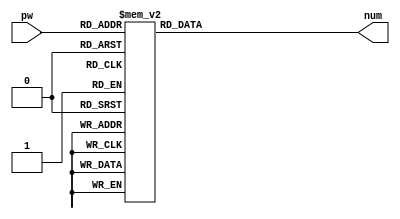
module pw2num(
    input [8-1:0] pw, 
    output reg [8-1:0] num
);

always @* begin
    case (pw)
        8'd0: num = 8'd1;
        8'd1: num = 8'd2;
        8'd2: num = 8'd4;
        8'd3: num = 8'd8;
        8'd4: num = 8'd16;
        8'd5: num = 8'd32;
        8'd6: num = 8'd64;
        8'd7: num = 8'd128;
        8'd8: num = 8'd29;
        8'd9: num = 8'd58;
        8'd10: num = 8'd116;
        8'd11: num = 8'd232;
        8'd12: num = 8'd205;
        8'd13: num = 8'd135;
        8'd14: num = 8'd19;
        8'd15: num = 8'd38;
        8'd16: num = 8'd76;
        8'd17: num = 8'd152;
        8'd18: num = 8'd45;
        8'd19: num = 8'd90;
        8'd20: num = 8'd180;
        8'd21: num = 8'd117;
        8'd22: num = 8'd234;
        8'd23: num = 8'd201;
        8'd24: num = 8'd143;
        8'd25: num = 8'd3;
        8'd26: num = 8'd6;
        8'd27: num = 8'd12;
        8'd28: num = 8'd24;
        8'd29: num = 8'd48;
        8'd30: num = 8'd96;
        8'd31: num = 8'd192;
        8'd32: num = 8'd157;
        8'd33: num = 8'd39;
        8'd34: num = 8'd78;
        8'd35: num = 8'd156;
        8'd36: num = 8'd37;
        8'd37: num = 8'd74;
        8'd38: num = 8'd148;
        8'd39: num = 8'd53;
        8'd40: num = 8'd106;
        8'd41: num = 8'd212;
        8'd42: num = 8'd181;
        8'd43: num = 8'd119;
        8'd44: num = 8'd238;
        8'd45: num = 8'd193;
        8'd46: num = 8'd159;
        8'd47: num = 8'd35;
        8'd48: num = 8'd70;
        8'd49: num = 8'd140;
        8'd50: num = 8'd5;
        8'd51: num = 8'd10;
        8'd52: num = 8'd20;
        8'd53: num = 8'd40;
        8'd54: num = 8'd80;
        8'd55: num = 8'd160;
        8'd56: num = 8'd93;
        8'd57: num = 8'd186;
        8'd58: num = 8'd105;
        8'd59: num = 8'd210;
        8'd60: num = 8'd185;
        8'd61: num = 8'd111;
        8'd62: num = 8'd222;
        8'd63: num = 8'd161;
        8'd64: num = 8'd95;
        8'd65: num = 8'd190;
        8'd66: num = 8'd97;
        8'd67: num = 8'd194;
        8'd68: num = 8'd153;
        8'd69: num = 8'd47;
        8'd70: num = 8'd94;
        8'd71: num = 8'd188;
        8'd72: num = 8'd101;
        8'd73: num = 8'd202;
        8'd74: num = 8'd137;
        8'd75: num = 8'd15;
        8'd76: num = 8'd30;
        8'd77: num = 8'd60;
        8'd78: num = 8'd120;
        8'd79: num = 8'd240;
        8'd80: num = 8'd253;
        8'd81: num = 8'd231;
        8'd82: num = 8'd211;
        8'd83: num = 8'd187;
        8'd84: num = 8'd107;
        8'd85: num = 8'd214;
        8'd86: num = 8'd177;
        8'd87: num = 8'd127;
        8'd88: num = 8'd254;
        8'd89: num = 8'd225;
        8'd90: num = 8'd223;
        8'd91: num = 8'd163;
        8'd92: num = 8'd91;
        8'd93: num = 8'd182;
        8'd94: num = 8'd113;
        8'd95: num = 8'd226;
        8'd96: num = 8'd217;
        8'd97: num = 8'd175;
        8'd98: num = 8'd67;
        8'd99: num = 8'd134;
        8'd100: num = 8'd17;
        8'd101: num = 8'd34;
        8'd102: num = 8'd68;
        8'd103: num = 8'd136;
        8'd104: num = 8'd13;
        8'd105: num = 8'd26;
        8'd106: num = 8'd52;
        8'd107: num = 8'd104;
        8'd108: num = 8'd208;
        8'd109: num = 8'd189;
        8'd110: num = 8'd103;
        8'd111: num = 8'd206;
        8'd112: num = 8'd129;
        8'd113: num = 8'd31;
        8'd114: num = 8'd62;
        8'd115: num = 8'd124;
        8'd116: num = 8'd248;
        8'd117: num = 8'd237;
        8'd118: num = 8'd199;
        8'd119: num = 8'd147;
        8'd120: num = 8'd59;
        8'd121: num = 8'd118;
        8'd122: num = 8'd236;
        8'd123: num = 8'd197;
        8'd124: num = 8'd151;
        8'd125: num = 8'd51;
        8'd126: num = 8'd102;
        8'd127: num = 8'd204;
        8'd128: num = 8'd133;
        8'd129: num = 8'd23;
        8'd130: num = 8'd46;
        8'd131: num = 8'd92;
        8'd132: num = 8'd184;
        8'd133: num = 8'd109;
        8'd134: num = 8'd218;
        8'd135: num = 8'd169;
        8'd136: num = 8'd79;
        8'd137: num = 8'd158;
        8'd138: num = 8'd33;
        8'd139: num = 8'd66;
        8'd140: num = 8'd132;
        8'd141: num = 8'd21;
        8'd142: num = 8'd42;
        8'd143: num = 8'd84;
        8'd144: num = 8'd168;
        8'd145: num = 8'd77;
        8'd146: num = 8'd154;
        8'd147: num = 8'd41;
        8'd148: num = 8'd82;
        8'd149: num = 8'd164;
        8'd150: num = 8'd85;
        8'd151: num = 8'd170;
        8'd152: num = 8'd73;
        8'd153: num = 8'd146;
        8'd154: num = 8'd57;
        8'd155: num = 8'd114;
        8'd156: num = 8'd228;
        8'd157: num = 8'd213;
        8'd158: num = 8'd183;
        8'd159: num = 8'd115;
        8'd160: num = 8'd230;
        8'd161: num = 8'd209;
        8'd162: num = 8'd191;
        8'd163: num = 8'd99;
        8'd164: num = 8'd198;
        8'd165: num = 8'd145;
        8'd166: num = 8'd63;
        8'd167: num = 8'd126;
        8'd168: num = 8'd252;
        8'd169: num = 8'd229;
        8'd170: num = 8'd215;
        8'd171: num = 8'd179;
        8'd172: num = 8'd123;
        8'd173: num = 8'd246;
        8'd174: num = 8'd241;
        8'd175: num = 8'd255;
        8'd176: num = 8'd227;
        8'd177: num = 8'd219;
        8'd178: num = 8'd171;
        8'd179: num = 8'd75;
        8'd180: num = 8'd150;
        8'd181: num = 8'd49;
        8'd182: num = 8'd98;
        8'd183: num = 8'd196;
        8'd184: num = 8'd149;
        8'd185: num = 8'd55;
        8'd186: num = 8'd110;
        8'd187: num = 8'd220;
        8'd188: num = 8'd165;
        8'd189: num = 8'd87;
        8'd190: num = 8'd174;
        8'd191: num = 8'd65;
        8'd192: num = 8'd130;
        8'd193: num = 8'd25;
        8'd194: num = 8'd50;
        8'd195: num = 8'd100;
        8'd196: num = 8'd200;
        8'd197: num = 8'd141;
        8'd198: num = 8'd7;
        8'd199: num = 8'd14;
        8'd200: num = 8'd28;
        8'd201: num = 8'd56;
        8'd202: num = 8'd112;
        8'd203: num = 8'd224;
        8'd204: num = 8'd221;
        8'd205: num = 8'd167;
        8'd206: num = 8'd83;
        8'd207: num = 8'd166;
        8'd208: num = 8'd81;
        8'd209: num = 8'd162;
        8'd210: num = 8'd89;
        8'd211: num = 8'd178;
        8'd212: num = 8'd121;
        8'd213: num = 8'd242;
        8'd214: num = 8'd249;
        8'd215: num = 8'd239;
        8'd216: num = 8'd195;
        8'd217: num = 8'd155;
        8'd218: num = 8'd43;
        8'd219: num = 8'd86;
        8'd220: num = 8'd172;
        8'd221: num = 8'd69;
        8'd222: num = 8'd138;
        8'd223: num = 8'd9;
        8'd224: num = 8'd18;
        8'd225: num = 8'd36;
        8'd226: num = 8'd72;
        8'd227: num = 8'd144;
        8'd228: num = 8'd61;
        8'd229: num = 8'd122;
        8'd230: num = 8'd244;
        8'd231: num = 8'd245;
        8'd232: num = 8'd247;
        8'd233: num = 8'd243;
        8'd234: num = 8'd251;
        8'd235: num = 8'd235;
        8'd236: num = 8'd203;
        8'd237: num = 8'd139;
        8'd238: num = 8'd11;
        8'd239: num = 8'd22;
        8'd240: num = 8'd44;
        8'd241: num = 8'd88;
        8'd242: num = 8'd176;
        8'd243: num = 8'd125;
        8'd244: num = 8'd250;
        8'd245: num = 8'd233;
        8'd246: num = 8'd207;
        8'd247: num = 8'd131;
        8'd248: num = 8'd27;
        8'd249: num = 8'd54;
        8'd250: num = 8'd108;
        8'd251: num = 8'd216;
        8'd252: num = 8'd173;
        8'd253: num = 8'd71;
        8'd254: num = 8'd142;
        8'd255: num = 8'd1;
        default: num = 8'd0;
    endcase
end

endmodule